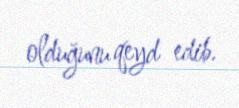
olduğunu qeyd edib.